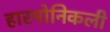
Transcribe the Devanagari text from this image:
हारमोनिकली